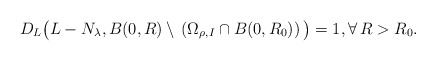
\begin{align*}D_{L}\bigl{(}L-N_{\lambda},B(0,R) \setminus \,(\Omega_{\rho,I}\cap B(0,R_{0}))\,\bigr{)} = 1, \forall \, R > R_{0}.\end{align*}